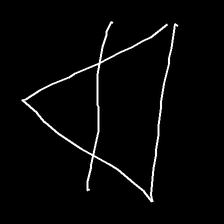
Glyph: empower